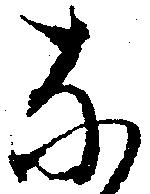
な